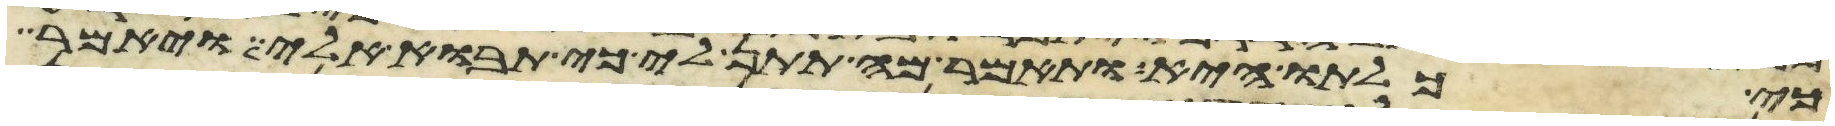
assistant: כי כלתו היא ותאמר מה תתן לי כי תבוא אלי ויאמר